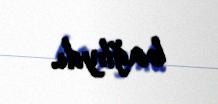
bağlıydı.